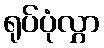
ရုပ်ပုံလွှာ